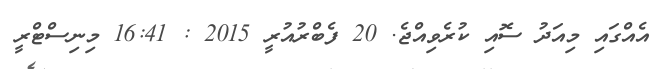
އެއްގައި މިއަދު ސޮއި ކުރެވިއްޖެ. 20 ފެބްރުއުރީ 2015 : 16:41 މިނިސްޓްރީ